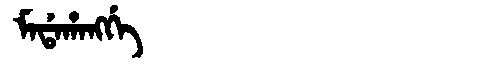
Manchu: ᠮᠠᡩᠠᡥᠠᠩᡤᡝ
Romanization: MADAHANGGE